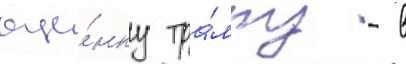
оце́нку тра́мпу - в